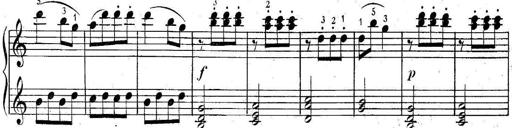
Title: 6 Easy Sonatinas
Composer: Carl Czerny